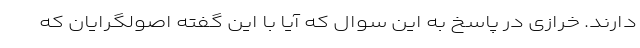
دارند. خرازی در پاسخ به این سوال که آیا با این گفته اصولگرایان که